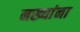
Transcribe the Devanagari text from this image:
नख्यांना